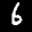
Label: 6